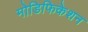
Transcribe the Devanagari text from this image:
मोडिफिकेशन